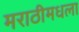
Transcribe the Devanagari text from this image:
मराठीमधला